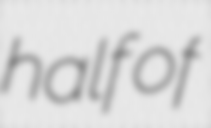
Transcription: half of